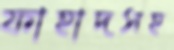
ফাহাদসহ